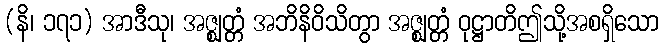
(နိ၊ ၁၇၁) အာဒီသု၊ အဇ္ဈတ္တံ အဘိနိဝိသိတွာ အဇ္ဈတ္တံ ဝုဋ္ဌာတိဤသို့အစရှိသော